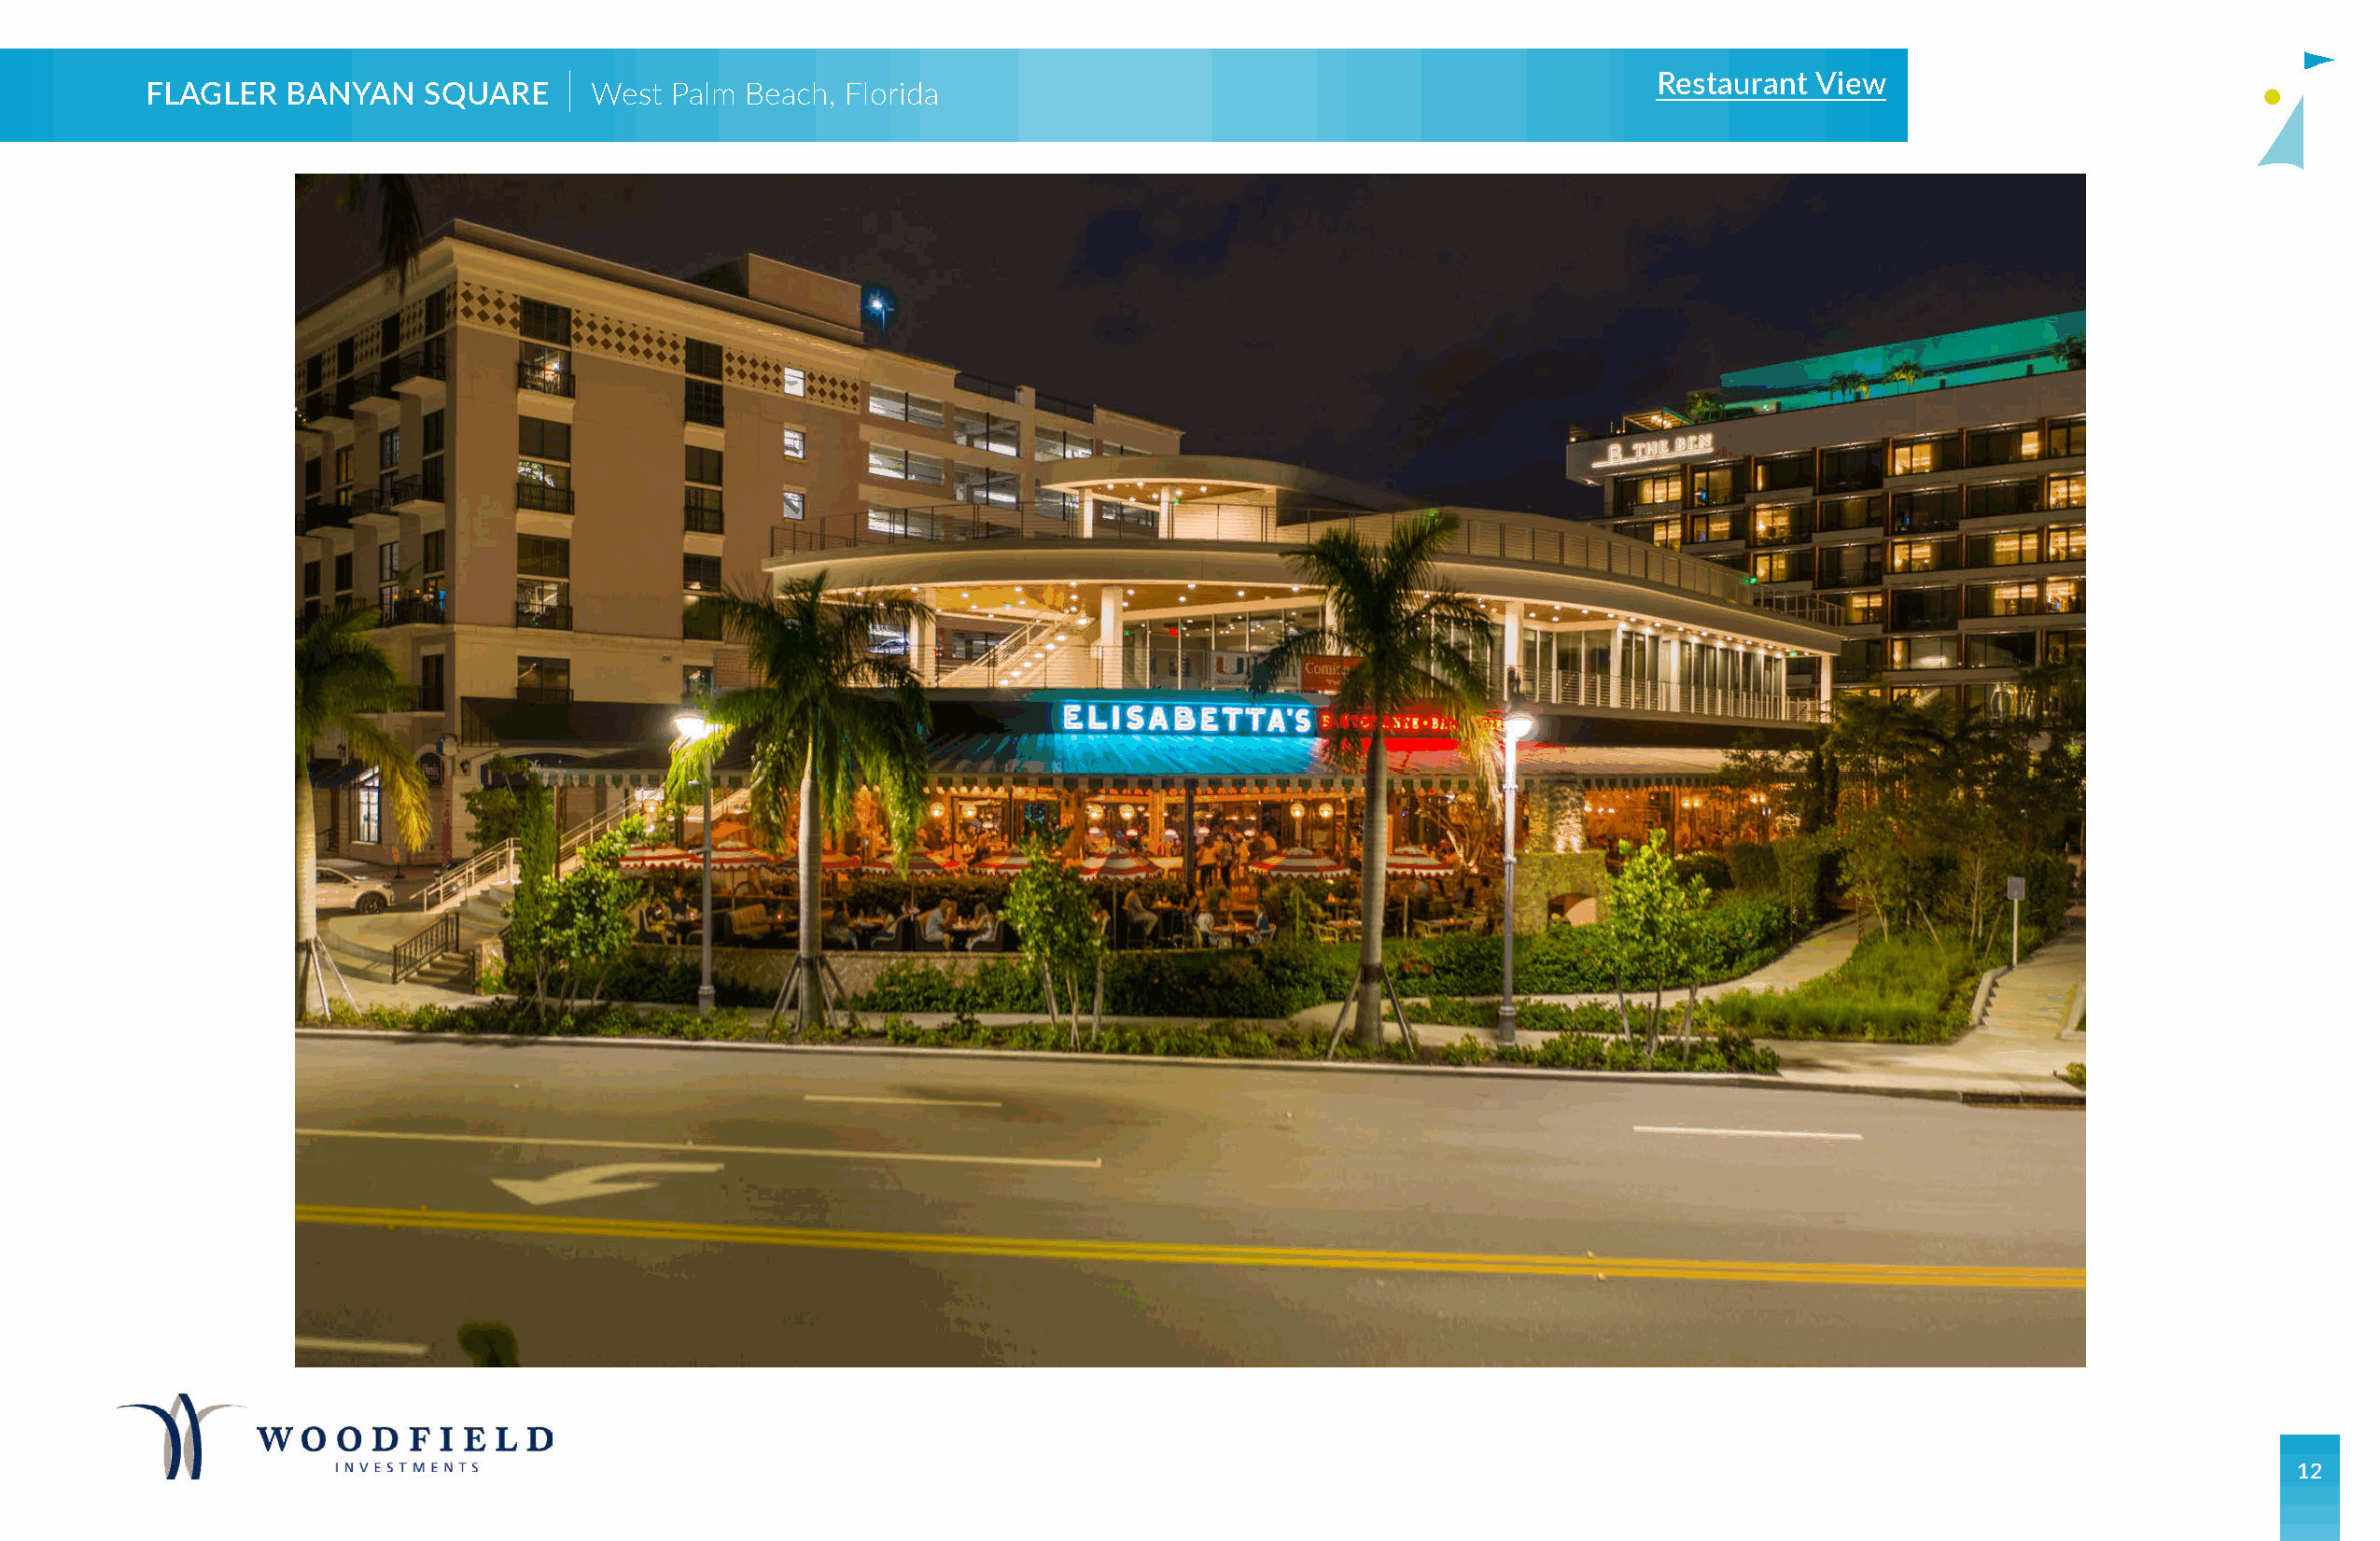
|                                                                            Restaurant  View
 FLAGLER   BANYAN    SQUARE      West  Palm Beach, Florida
 12